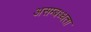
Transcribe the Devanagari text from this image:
असम्बध्धता